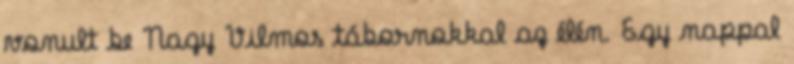
vonult be Nagy Vilmos tábornokkal az élén. Egy nappal